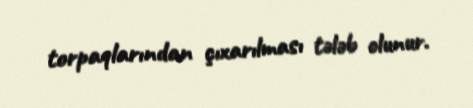
torpaqlarından çıxarılması tələb olunur.